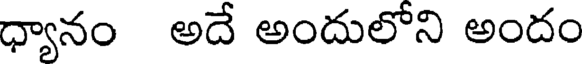
ధ్యానం అదే అందులోని అందం